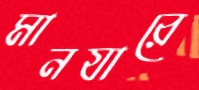
মানযারে